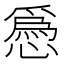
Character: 𢡺